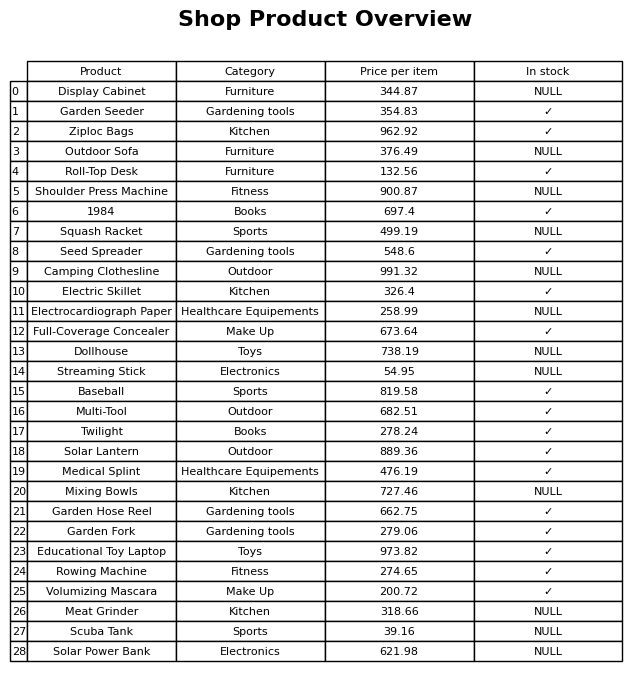
question: What is the price of the Electrocardiograph Paper?
answer: The price of Electrocardiograph Paper is 258.99.